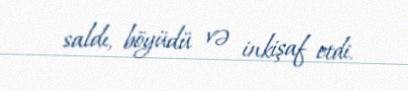
saldı, böyüdü və inkişaf etdi.